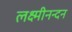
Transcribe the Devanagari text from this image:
लक्ष्मीनन्दन